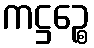
ကဋ္ဌဉ္စေ